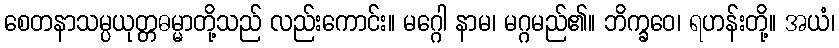
စေတနာသမ္ပယုတ္တဓမ္မာတို့သည် လည်းကောင်း။ မဂ္ဂေါ နာမ၊ မဂ္ဂမည်၏။ ဘိက္ခဝေ၊ ရဟန်းတို့။ အယံ၊